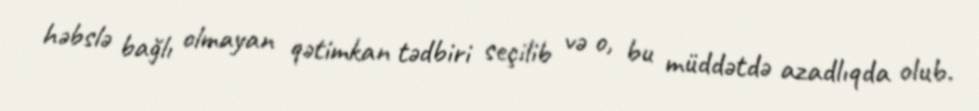
həbslə bağlı olmayan qətimkan tədbiri seçilib və o, bu müddətdə azadlıqda olub.